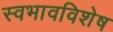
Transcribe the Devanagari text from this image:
स्वभावविशेष